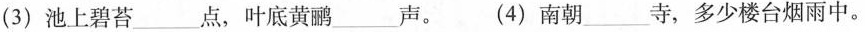
(3)池上碧苔___点，叶底黄鹂___声。 (4)南朝___寺，多少楼台烟雨中。